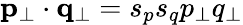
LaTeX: {\mathbf p_{\perp}}\cdot{\mathbf q_{\perp}}=s_{p}s_{q}p_{\perp}q_{\perp}